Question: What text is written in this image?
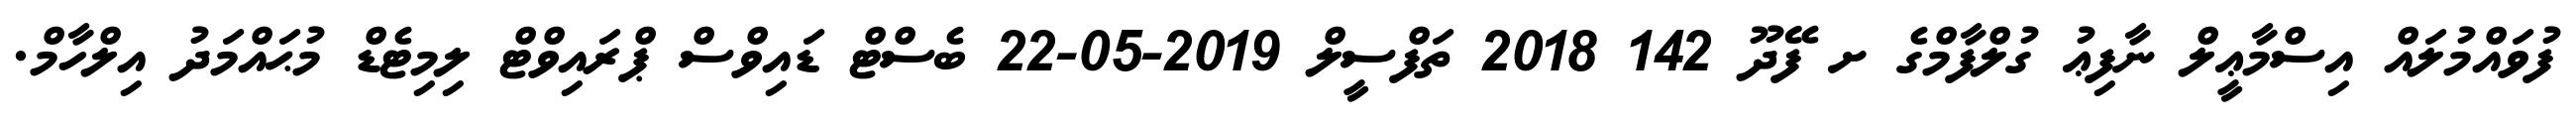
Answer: ފުވައްމުލައް އިސްމާޢީލް ނާފިޢު ގުލްފާމްގެ ށ ފޭދޫ 142 2018 ތަފްސީލް 2019-05-22 ބެސްޓް ޑައިވްސް ޕްރައިވްޓް ލިމިޓެޑް މުޙައްމަދު އިލްހާމް.